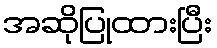
အဆိုပြုထားပြီး